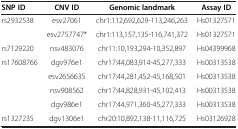
<table><thead><tr><td><b>SNP ID</b></td><td><b>CNV ID</b></td><td><b>Genomic landmark</b></td><td><b>Assay ID</b></td></tr></thead><tbody><tr><td>rs2932538</td><td>esv27061</td><td>chr1:112,692,629-113,246,263</td><td>Hs01327571</td></tr><tr><td> </td><td>esv2757747*</td><td>chr1:113,157,135-116,741,372</td><td>Hs01327571</td></tr><tr><td>rs7129220</td><td>nsv483076</td><td>chr11:10,193,294-10,352,897</td><td>Hs04399968</td></tr><tr><td>rs17608766</td><td>dgv976e1</td><td>chr17:44,083,914-45,277,333</td><td>Hs00313538</td></tr><tr><td> </td><td>esv2656635</td><td>chr17:44,281,452-45,168,501</td><td>Hs00313538</td></tr><tr><td> </td><td>nsv908562</td><td>chr17:44,828,931-45,102,413</td><td>Hs00313538</td></tr><tr><td> </td><td>dgv986e1</td><td>chr17:44,971,360-45,277,333</td><td>Hs00313538</td></tr><tr><td>rs1327235</td><td>dgv1306e1</td><td>chr20:10,892,138-11,116,725</td><td>Hs03126928</td></tr></tbody></table>